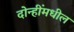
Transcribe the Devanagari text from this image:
दोन्हींमधील